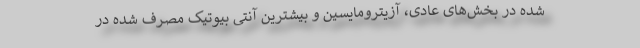
شده در بخش‌های عادی، آزیترومایسین و بیشترین آنتی بیوتیک مصرف شده در